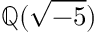
\mathbb { Q } ( { \sqrt { - 5 } } )